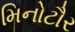
મિનોટૌર